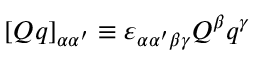
[ Q q ] _ { \alpha \alpha ^ { \prime } } \equiv \varepsilon _ { \alpha \alpha ^ { \prime } \beta \gamma } Q ^ { \beta } q ^ { \gamma }